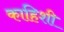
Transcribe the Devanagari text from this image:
काहिशी